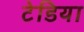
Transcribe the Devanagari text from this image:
टेडिया